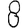
Digit: 8